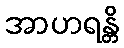
အာဟရန္တိ